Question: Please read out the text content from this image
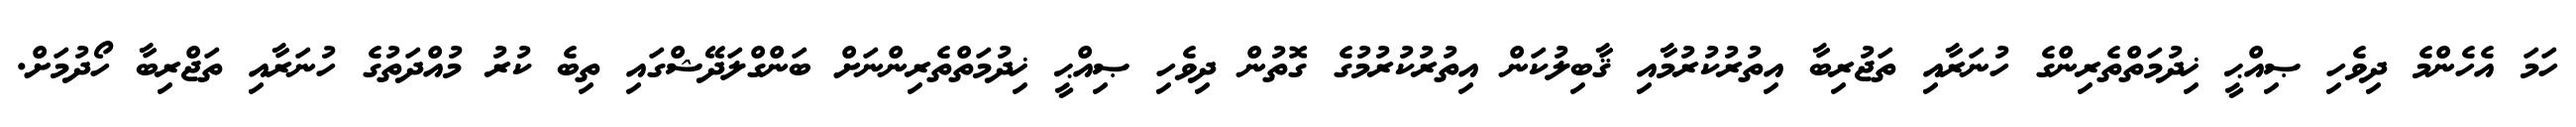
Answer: ހަމަ އެހެންމެ ދިވެހި ޞިއްޙީ ޚިދުމަތްތެރިންގެ ހުނަރާއި ތަޖުރިބާ އިތުރުކުރުމާއި ޤާބިލުކަން އިތުރުކުރުމުގެ ގޮތުން ދިވެހި ޞިއްޙީ ޚިދުމަތްތެރިންނަށް ބަންގްލަދޭޝްގައި ތިބެ ކުރު މުއްދަތުގެ ހުނަރާއި ތަޖްރިބާ ހޯދުމަށް.